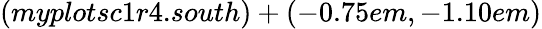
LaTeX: (myplotsc1r4.south)+(-0.75em,-1.10em)